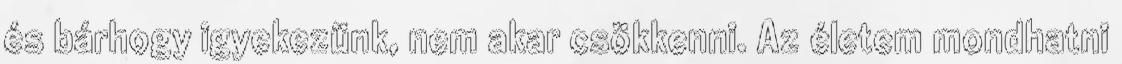
és bárhogy igyekezünk, nem akar csökkenni. Az életem mondhatni